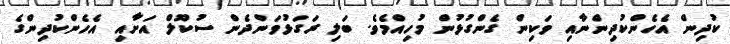
ކުދިން އެހެންކުދިންނާއި ވަކިން ގެންގުޅުން މުހިއްމެވެ. ބަލި ރަގަޅުވަންދެން ސުކޫލް އަށާއި އެހެންކުދިންގެ